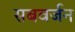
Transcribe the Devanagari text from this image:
सबवर्जन